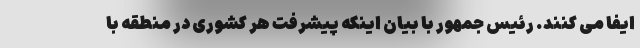
ایفا می کنند. رئیس جمهور با بیان اینکه پیشرفت هر کشوری در منطقه با